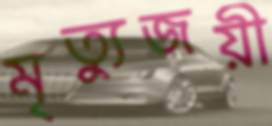
মৃত্যুজয়ী